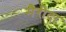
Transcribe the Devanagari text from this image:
मैरीदा